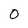
Character: 0